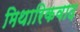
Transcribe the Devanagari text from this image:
मिथारिकवाद